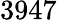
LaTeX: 3947